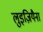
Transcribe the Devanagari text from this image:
लुइज़ियैना